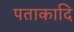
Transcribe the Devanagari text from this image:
पताकादि